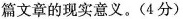
篇文章的现实意义。(4分)